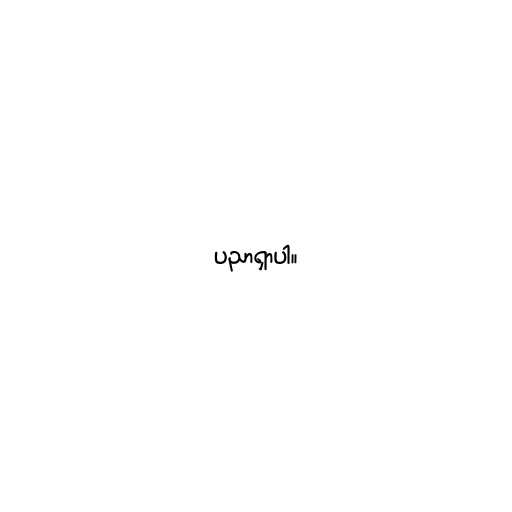
ပညာရှာပါ။